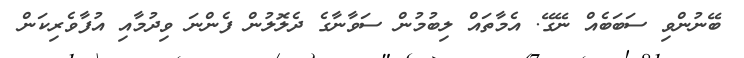
ބޭނުންވި ސަބަބެއް ނޭގޭ. އެމާތައް ލިބުމުން ސަވާނާގެ ދެލޮލުން ފެންނަ ވިދުމާއި އުފާވެރިކަން